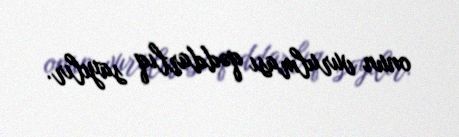
onun vurulması qəddarlıq sayılır.